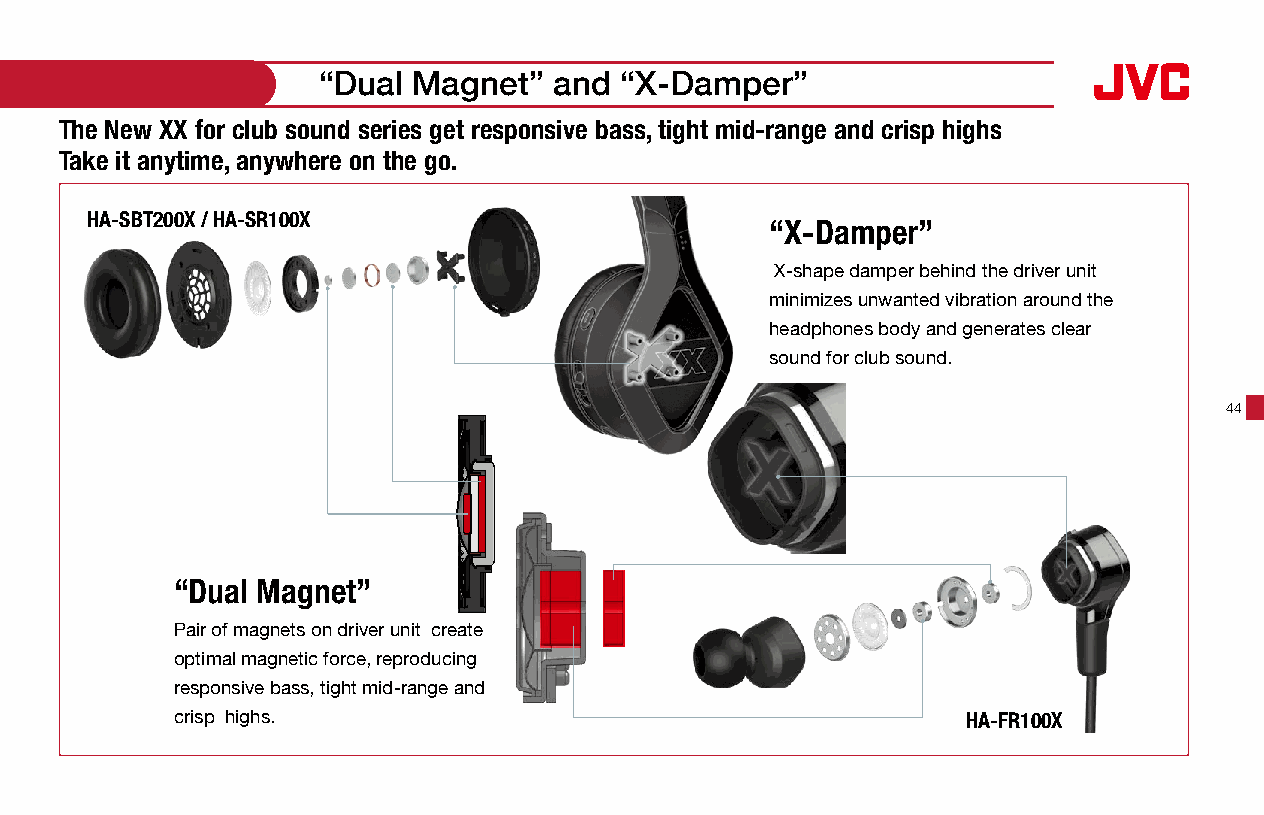
“Dual Magnet”   and “X-Damper”
 The New XX for club sound series get responsive bass, tight mid-range and crisp highs
 Take it anytime, anywhere on the go.
 HA-SBT200X / HA-SR100X
 “X-Damper”
 X-shape damper behind the driver unit
 minimizes unwanted vibration around the
 headphones body and generates clear
 sound for club sound.
 44
 “Dual Magnet”
 Pair of magnets on driver unit create
 optimal magnetic force, reproducing
 responsive bass, tight mid-range and
 crisp highs.                                         HA-FR100X